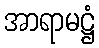
အာရာမဋ္ဌံ